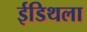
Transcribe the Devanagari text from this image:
ईडिथला